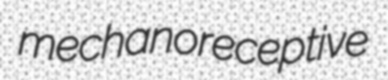
mechanoreceptive